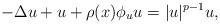
LaTeX: \begin{align*} - \Delta u+ u + \rho (x) \phi_u u = |u|^{p-1} u,\\ \end{align*}